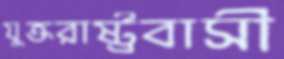
যুক্তরাষ্ট্রবাসী